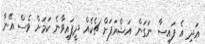
އަދި އެ ފައިސާ ނަގަން އަޝްރަފަށް ޗެކެއް ދީފައިވާނެ ކަމަށް ވެސް އޭނާ